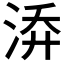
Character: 𭰡